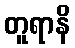
တူရာနိ